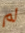
لم